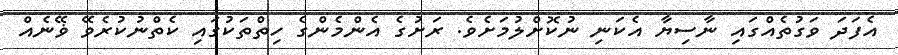
އެފަދަ ވަގުތެއްގައި ނާސިޔާ އެކަނި ނުކޮށްލުމަށެވެ. ރަށުގެ އެންމެންގެ ހިތްތަކުގައި ކެތްނުކުރެވޭ ޥޭނެއް